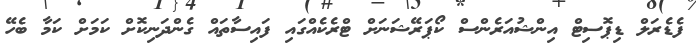
ފެޑެރަލް ޑިޕޮސިޓް އިންޝުއަރެންސް ކޯޕަރޭޝަނަށް ޓްރެކެއްގައި ފައިސާތައް ގެންދަނިކޮށް ކަމަށް ކަމާ ބެހޭ